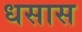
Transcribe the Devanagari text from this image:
धसास